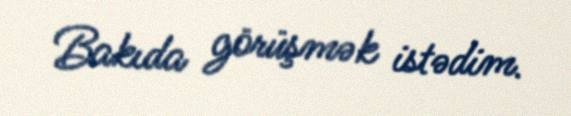
Bakıda görüşmək istədim.